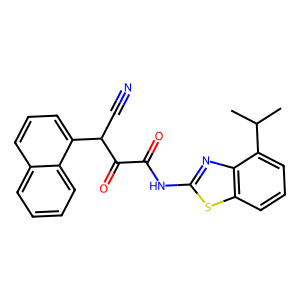
SMILES: CC(C)c1cccc2sc(NC(=O)C(=O)C(C#N)c3cccc4ccccc34)nc12
Inhibits HIV replication: No